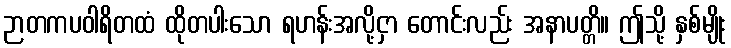
ဉာတကပဝါရိတထံ ထိုတပါးသော ရဟန်းအလို့ငှာ တောင်းလည်း အနာပတ္တိ။ ဤသို့ နှစ်မျိုး